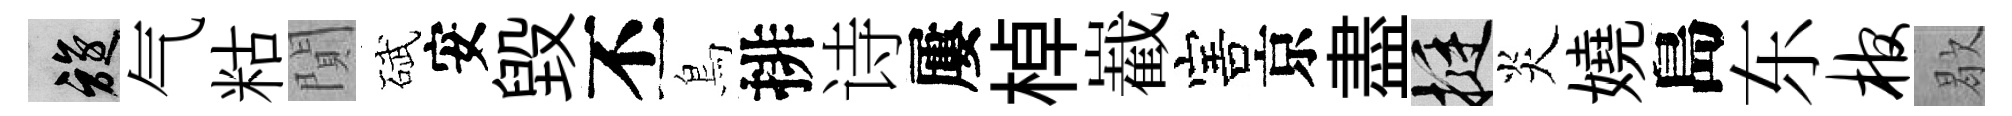
旋气䊀閴碔安毀丕鳥排诗屢棹嶻害京盡挺炎嬈島东棺歇